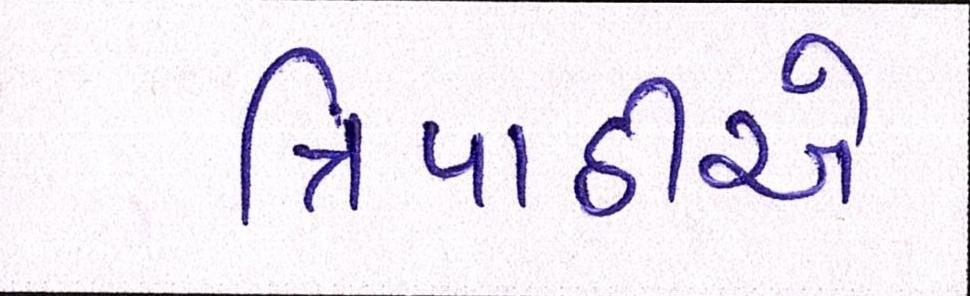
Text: ત્રિપાઠીએ